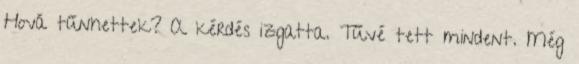
Hová tűnhettek? A kérdés izgatta. Tűvé tett mindent. Még